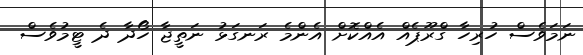
ނަމަވެސް ހުރިހާ ގްރޫޕެއް އެއްކޮށް އެންމެ ރަނގަޅު ނަތީޖާ ހޯދާ ދެ ޓީމުވެސް